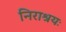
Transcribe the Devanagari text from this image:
निराश्रयः